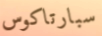
سبارتاكوس